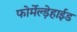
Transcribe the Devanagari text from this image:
फोर्मेल्ड़ेहाईड